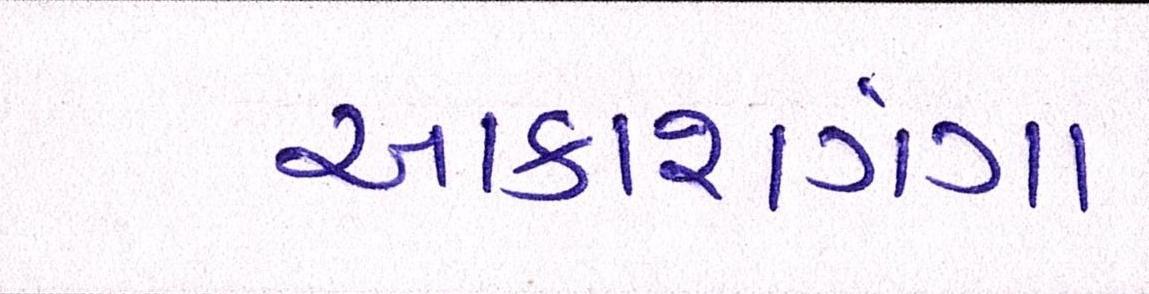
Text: આકાશગંગા